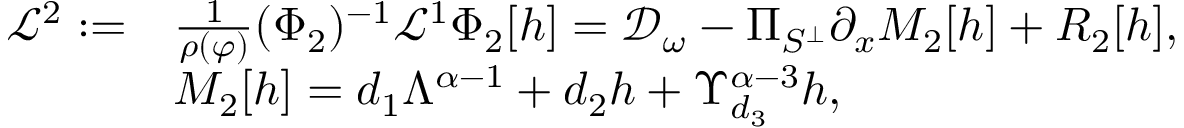
\begin{array} { r l } { \mathcal { L } ^ { 2 } : = } & { \frac { 1 } { \rho ( \varphi ) } ( \Phi _ { 2 } ) ^ { - 1 } \mathcal { L } ^ { 1 } \Phi _ { 2 } [ h ] = \mathcal { D } _ { \omega } - \Pi _ { S ^ { \perp } } \partial _ { x } M _ { 2 } [ h ] + R _ { 2 } [ h ] , } \\ & { M _ { 2 } [ h ] = d _ { 1 } \Lambda ^ { \alpha - 1 } + d _ { 2 } h + \Upsilon _ { d _ { 3 } } ^ { \alpha - 3 } h , } \end{array}